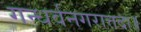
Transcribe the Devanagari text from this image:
गन्धर्वनगरात्तदा॥